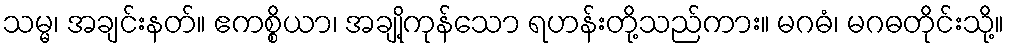
သမ္မ၊ အချင်းနတ်။ ဧကစ္စိယာ၊ အချို့ကုန်သော ရဟန်းတို့သည်ကား။ မဂဓံ၊ မဂဓတိုင်းသို့။